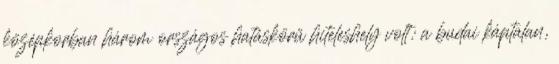
középkorban három országos hatáskörű hiteleshely volt: a budai káptalan,